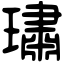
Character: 璛